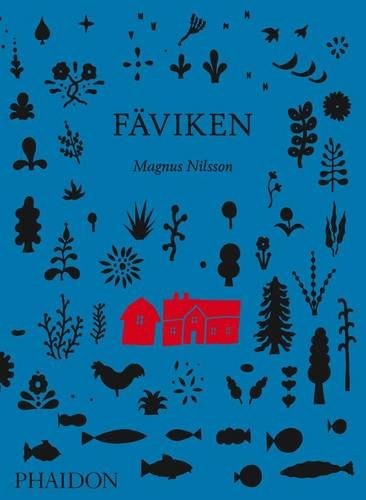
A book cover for FÃ¤viken; Magnus Nilsson; Cookbooks, Food & Wine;